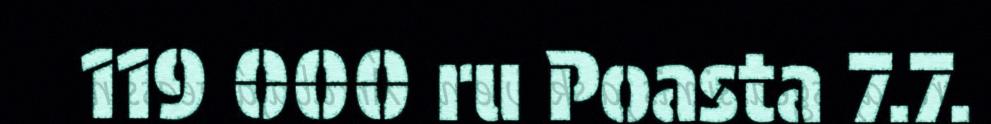
119 000 ru Poasta 7.7.